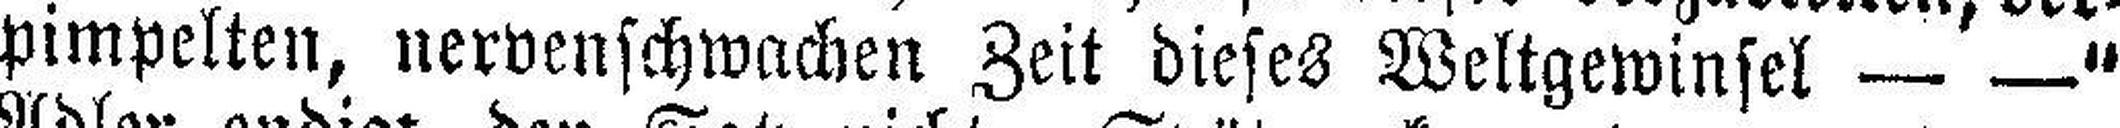
pimpelten, nervenschwachen Zeit dieses Weltgewinsel — —"